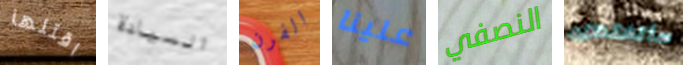
اقتلها السيادة الفرن علينا النصفي سأتخلص